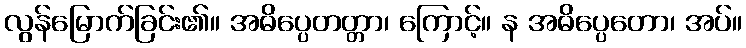
လွန်မြောက်ခြင်း၏။ အဓိပ္ပေတတ္တာ၊ ကြောင့်။ န အဓိပ္ပေတော၊ အပ်။